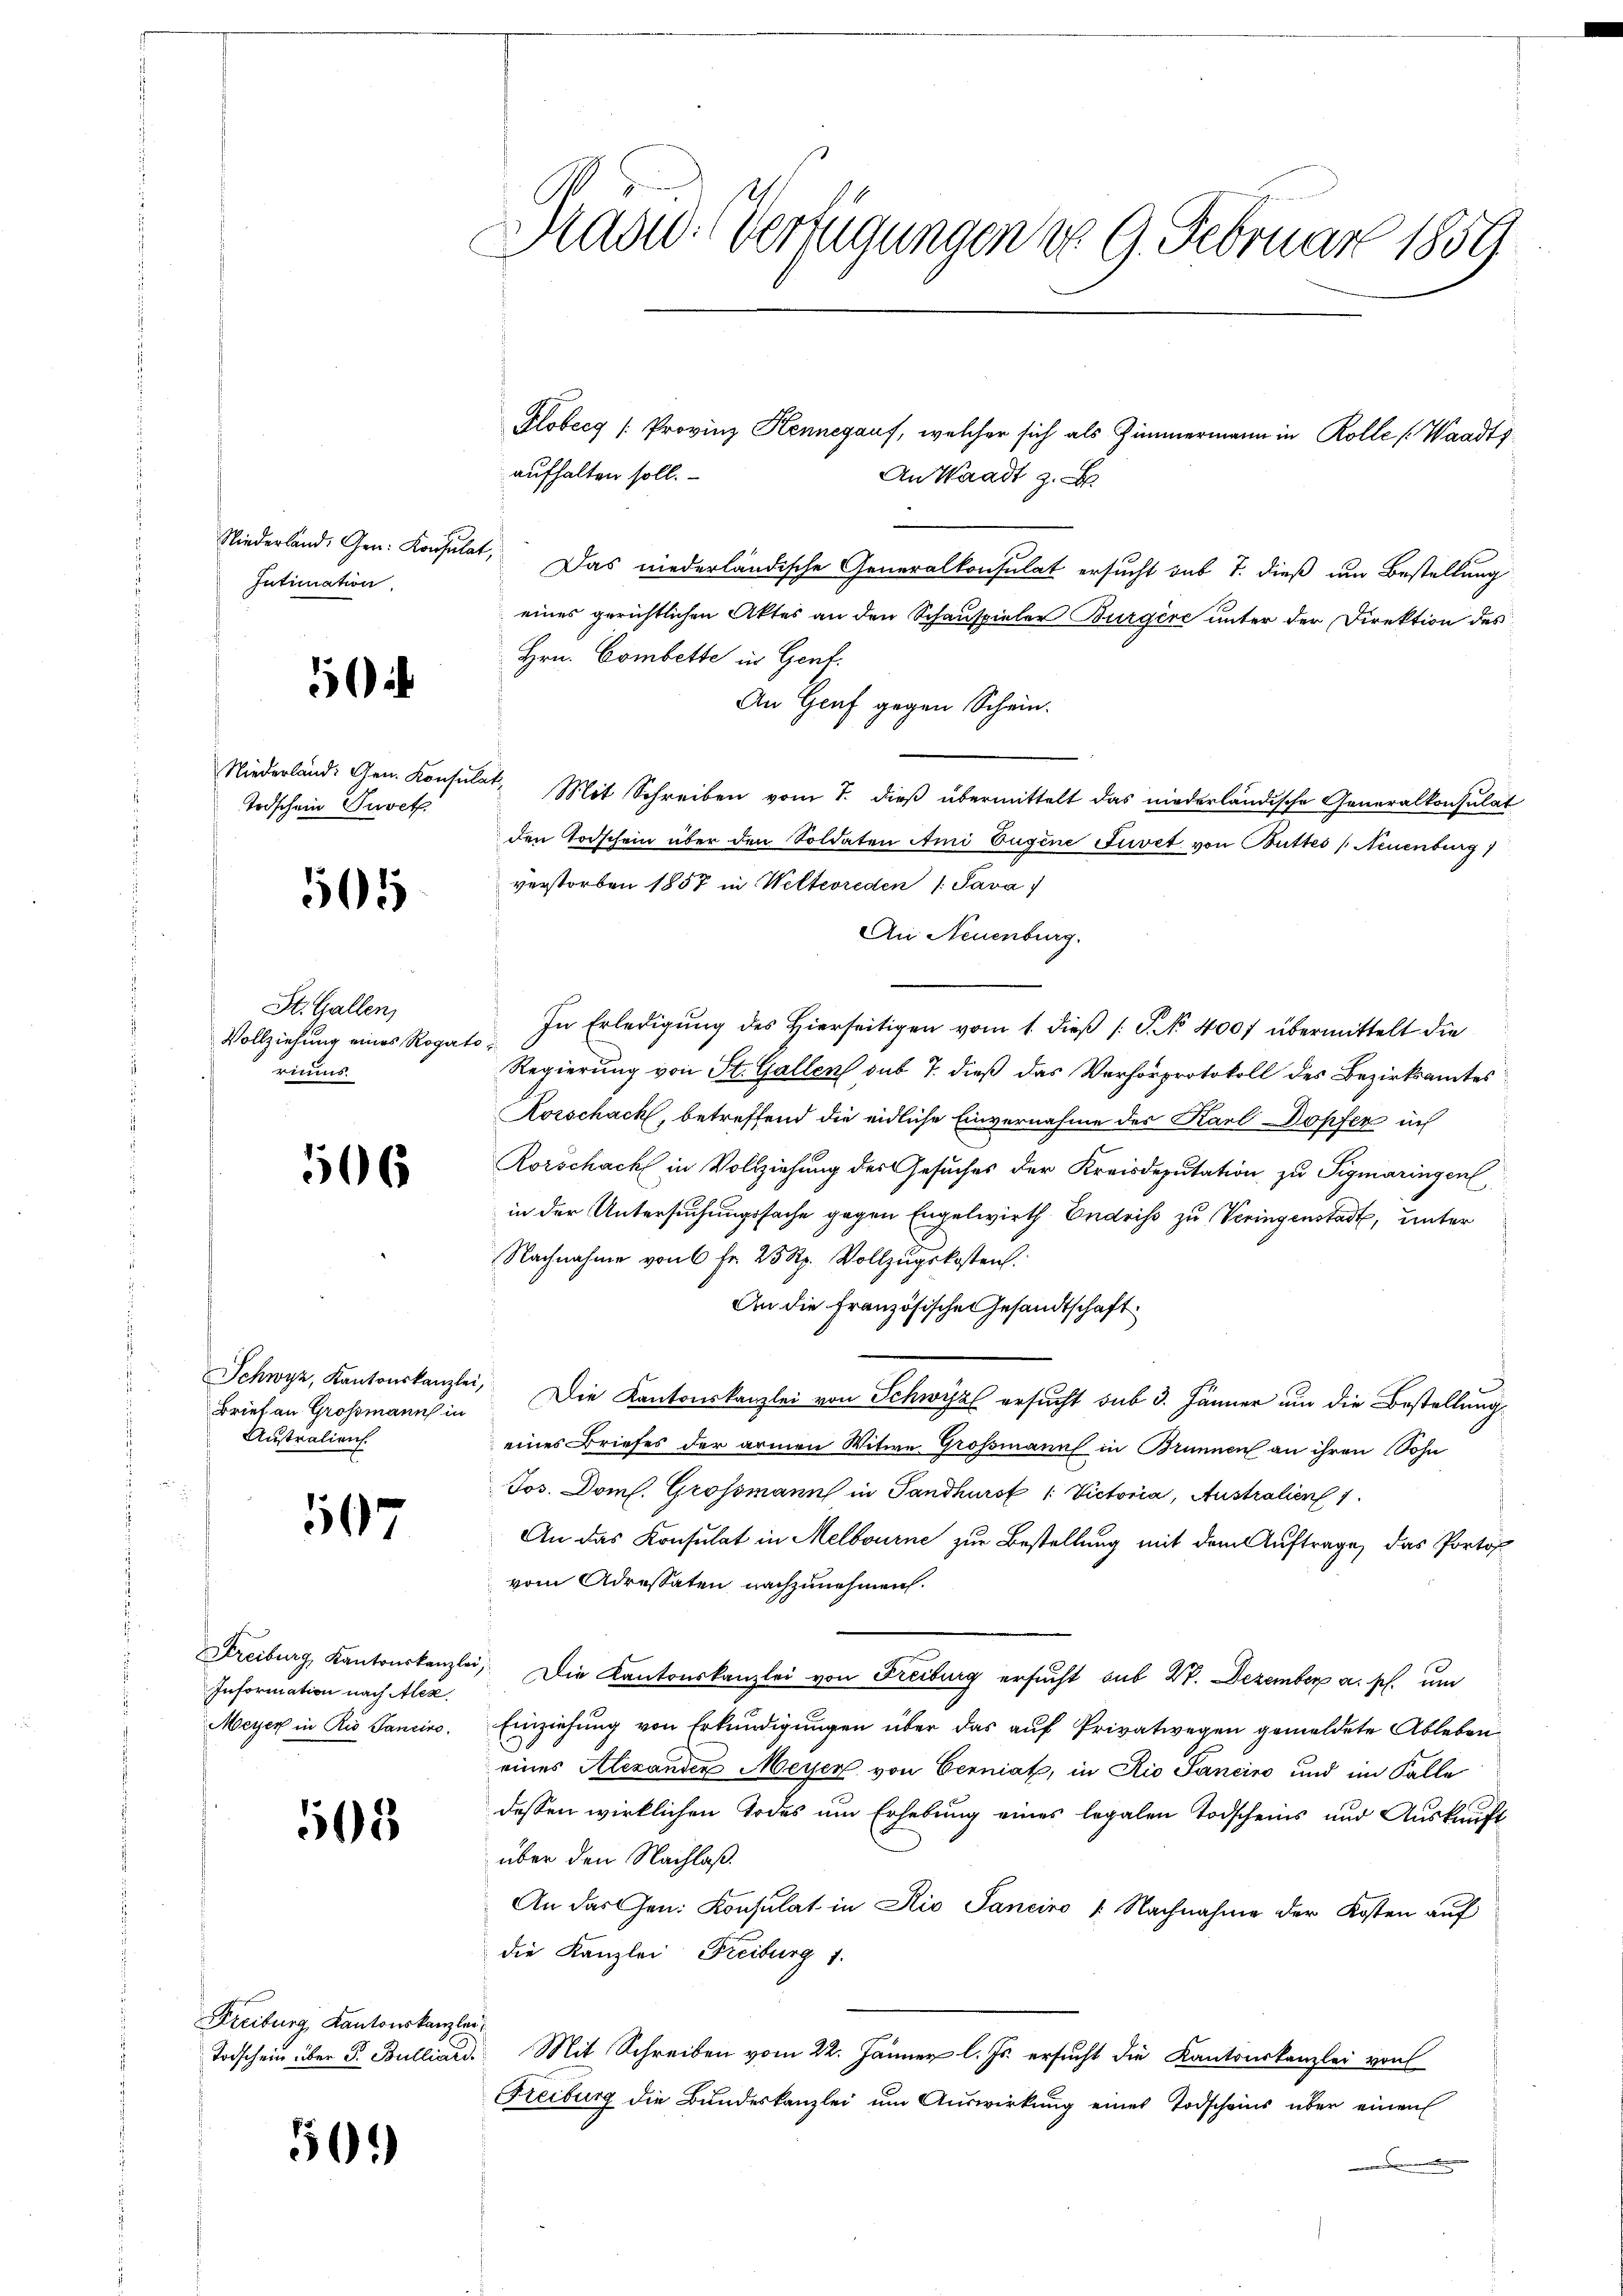
Intimation

Todschein Tuvet.

505

St. Gallen,
Vollziehung eines Rogat
rimus

506

Brief an Grossmanns in
Australien.

597

Kreiburg, Kantonskanzlei
Information nach Alex
Meyer in Rio Tancivo.

505

Freiburg, Kantonskanzle
Todschein über Dr. Bulliar

501)

Mad: Verfügungen d. 9. Februar 1859

Klobecg [Provinz Hennegauf, welcher sich als Zimmermann in Rolle (Waadt
aufhalten soll.
An Waadt z.
Niederland. Gen. Konsulat, Das niederländische Generalkonsulat ersucht sub 7. dieß um Bestellung
eines gerichtlichen Aktes an den Schauspieler Burgere unter der Direktion des
Hrn. Combette in Gent.
An Genf gegen Schein.
Niederland. Gen. Konsulat, Mit Schreiben vom 7. dieß übermittelt das niederländische Generalkonsulat
den Todschein über den Soldaten Ami Eugene Juvet von Buttes (Neuenburg
verstorben 1857 in Welterreden /: Sava
An Neuenburg.
In Erledigung des Hierseitigen vom 1. dieβ (: J. No 4007 übermittelt die
l
Regierung von St. Gallen sub 7. dieß das Verhörprotokoll des Bezirksamtes
Korschach, betreffend die eidliche Einvernahme des Karl Dopfer i
Rorschach in Vollziehung des Gesuches der Kreisdeputation zu Sigmaringen
in der Untersuchungssache gegen Engelwirth Endriss zu Veringenstadt, unter
Nachnahme von 6 fr. 25 Rp. Vollzugskosten
An die Französische Gesandtschaft
Schwyz, Kantonskanzlei. Die Kantonskanzlei von Schwyz ersucht sub 3. Jänner um die Bestellung
eines Briefes der armen Witwe Grossmann in Brunnen an ihren Sohn
Jos. Dom. Grossmann in Sandkursf /: Victoria, Australien 1
An das Konsulat in Melbourne zur Bestellung mit dem Auftrage, das Portof
vom Adressaten nachzunehmen.
) Die Kantonskanzlei von Freiburg ersucht sub W. Dezember a. p. um
Einziehung von Erkundigungen über das auf Privatwegen gemeldete Ableben
eines Alexanden Meyer von Cerniat, in Rio Sanciro und im Falle
dessen wirklichen Todes um Erhebung eines legalen Todscheins und Auskunft
über den Nachlaß.
An das Gen. Konsulat in Rio Saneiro 1. Nachnahme der Kosten auf
die Kanzlei Freiburg 1.
i
Mit Schreiben vom 22. Jänner l. Js. ersucht die Kantonskanzlei von
Freiburg die Bundeskanzlei um Auswirkung eines Todscheins über einen